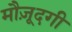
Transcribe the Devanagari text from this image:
मौज़ूदगी